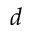
d